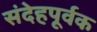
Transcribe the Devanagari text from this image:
संदेहपूर्वक